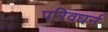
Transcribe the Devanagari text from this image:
परिवधर्न